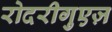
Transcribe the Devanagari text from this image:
रोदरीगुएज़